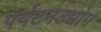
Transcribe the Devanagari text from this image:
पर्यटनउद्योग